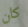
كان